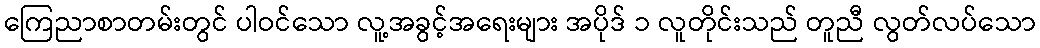
ကြေညာစာတမ်းတွင် ပါဝင်သော လူ့အခွင့်အရေးများ အပိုဒ် ၁ လူတိုင်းသည် တူညီ လွတ်လပ်သော